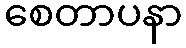
စေတာပနာ